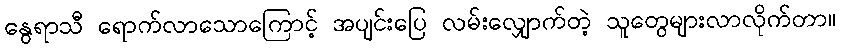
နွေရာသီ ရောက်လာသောကြောင့် အပျင်းပြေ လမ်းလျှောက်တဲ့ သူတွေများလာလိုက်တာ။